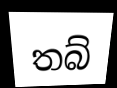
තබ්